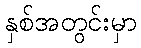
နှစ်အတွင်းမှာ